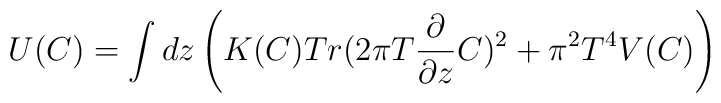
U(C)= \int dz\left( K(C)Tr(2\pi T{\partial\over {\partial z}}C)^2 +\pi^2 T^4 V(C)\right)